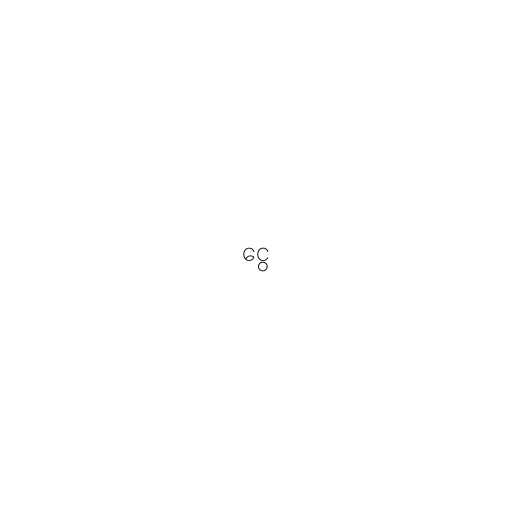
ငွေ